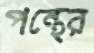
পন্থের